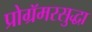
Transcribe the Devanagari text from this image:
प्रोग्रॅमरसुद्धा